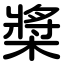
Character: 槳